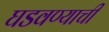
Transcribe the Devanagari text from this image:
घडवण्याची